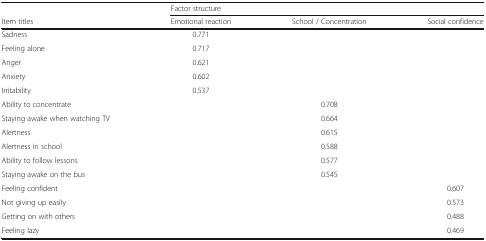
<table><thead><tr><td></td><td colspan="3"><b>Factor structure</b></td></tr><tr><td><b>Item titles</b></td><td><b>Emotional reaction</b></td><td><b>School / Concentration</b></td><td><b>Social confidence</b></td></tr></thead><tbody><tr><td>Sadness</td><td>0.771</td><td></td><td></td></tr><tr><td>Feeling alone</td><td>0.717</td><td></td><td></td></tr><tr><td>Anger</td><td>0.621</td><td></td><td></td></tr><tr><td>Anxiety</td><td>0.602</td><td></td><td></td></tr><tr><td>Irritability</td><td>0.537</td><td></td><td></td></tr><tr><td>Ability to concentrate</td><td></td><td>0.708</td><td></td></tr><tr><td>Staying awake when watching TV</td><td></td><td>0.664</td><td></td></tr><tr><td>Alertness</td><td></td><td>0.615</td><td></td></tr><tr><td>Alertness in school</td><td></td><td>0.588</td><td></td></tr><tr><td>Ability to follow lessons</td><td></td><td>0.577</td><td></td></tr><tr><td>Staying awake on the bus</td><td></td><td>0.545</td><td></td></tr><tr><td>Feeling confident</td><td></td><td></td><td>0.607</td></tr><tr><td>Not giving up easily</td><td></td><td></td><td>0.573</td></tr><tr><td>Getting on with others</td><td></td><td></td><td>0.488</td></tr><tr><td>Feeling lazy</td><td></td><td></td><td>0.469</td></tr></tbody></table>